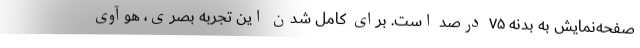
صفحه‌نمایش به بدنه ۷۵ درصد است. برای کامل شدن این تجربه بصری، هوآوی